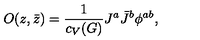
O ( z , \bar { z } ) = { \frac { 1 } { c _ { V } ( G ) } } J ^ { a } \bar { J } ^ { b } \phi ^ { a b } ,